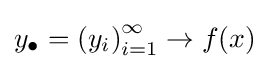
y_{\bullet }=\left(y_{i}\right)_{i=1}^{\infty }\to f(x)